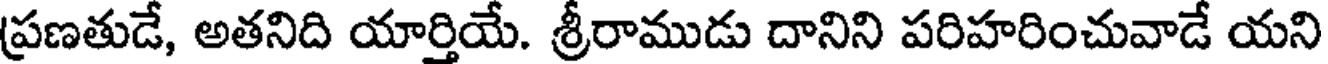
ప్రణతుడే, అతనిది యార్తియే. శ్రీరాముడు దానిని పరిహరించువాడే యని